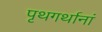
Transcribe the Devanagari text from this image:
पृथगर्थानां